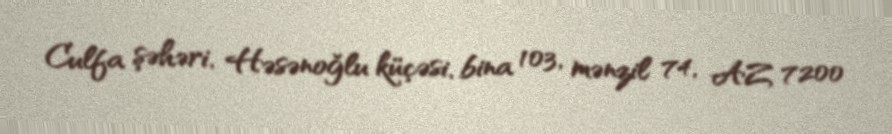
Culfa şəhəri, Həsənoğlu küçəsi, bina 103, mənzil 74, AZ 7200